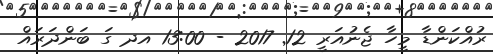
ރުއްކަންޑާ މީހާ ޖެނުއަރީ 12